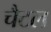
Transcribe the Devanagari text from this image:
चैटल